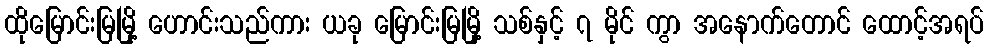
ထိုမြောင်းမြမြို့ ဟောင်းသည်ကား ယခု မြောင်းမြမြို့ သစ်နှင့် ၇ မိုင် ကွာ အနောက်တောင် ထောင့်အရပ်